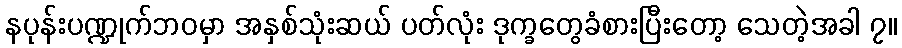
နပုန်းပဏ္ဍုက်ဘဝမှာ အနှစ်သုံးဆယ် ပတ်လုံး ဒုက္ခတွေခံစားပြီးတော့ သေတဲ့အခါ ၇။